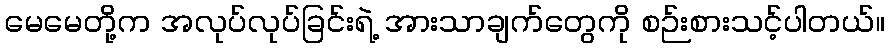
မေမေတို့က အလုပ်လုပ်ခြင်းရဲ့ အားသာချက်တွေကို စဉ်းစားသင့်ပါတယ်။